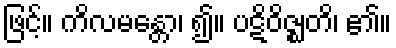
ဖြင့်။ ကိလမန္တော၊ ၍။ ပဋိဝိဇ္ဈတိ၊ ၏။